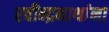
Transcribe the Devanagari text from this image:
रवीन्द्रनाथांना